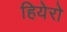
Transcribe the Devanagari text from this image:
हियेरो